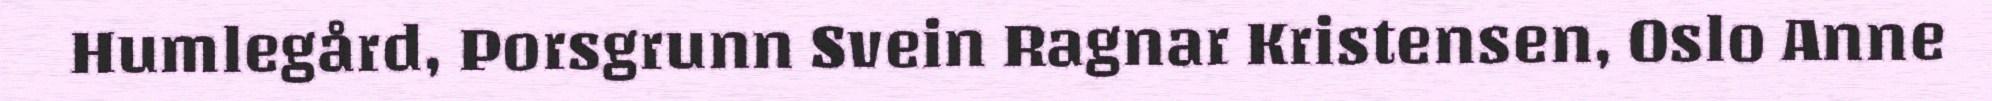
Humlegård, Porsgrunn Svein Ragnar Kristensen, Oslo Anne